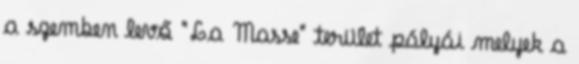
a szemben levő "La Masse" terület pályái melyek a